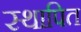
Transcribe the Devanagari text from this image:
स्थापित